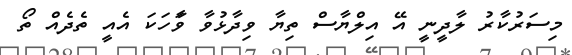
މިސަރުކާރު ލާދީނީ އޭ އިލްޔާސް ތިޔާ ވިދާޅުވާ ވާަހަކަ އެއީ ތެދެއް ތޯ